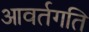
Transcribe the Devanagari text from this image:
आवर्तगति